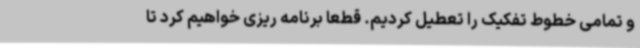
و تمامی خطوط تفکیک را تعطیل کردیم. قطعا برنامه ریزی خواهیم کرد تا